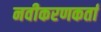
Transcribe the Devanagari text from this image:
नवीकरणकर्ता